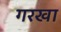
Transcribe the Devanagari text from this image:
गरखा